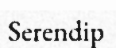
Serendip